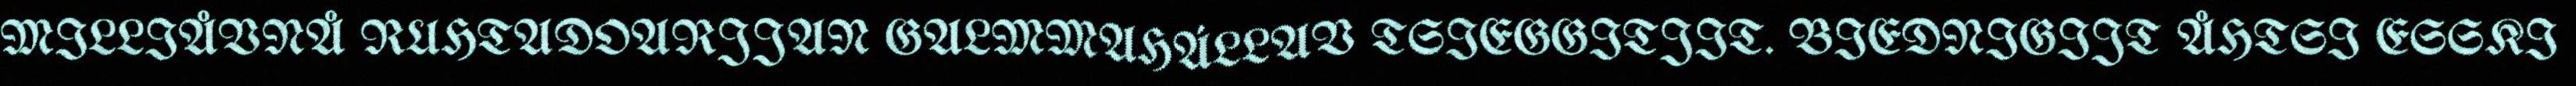
MILLIÅVNÅ RUHTADOARJJAN GALMMAHÁLLAV TSIEGGITJIT. BIEDNIGIJT ÅHTSI ESSKI